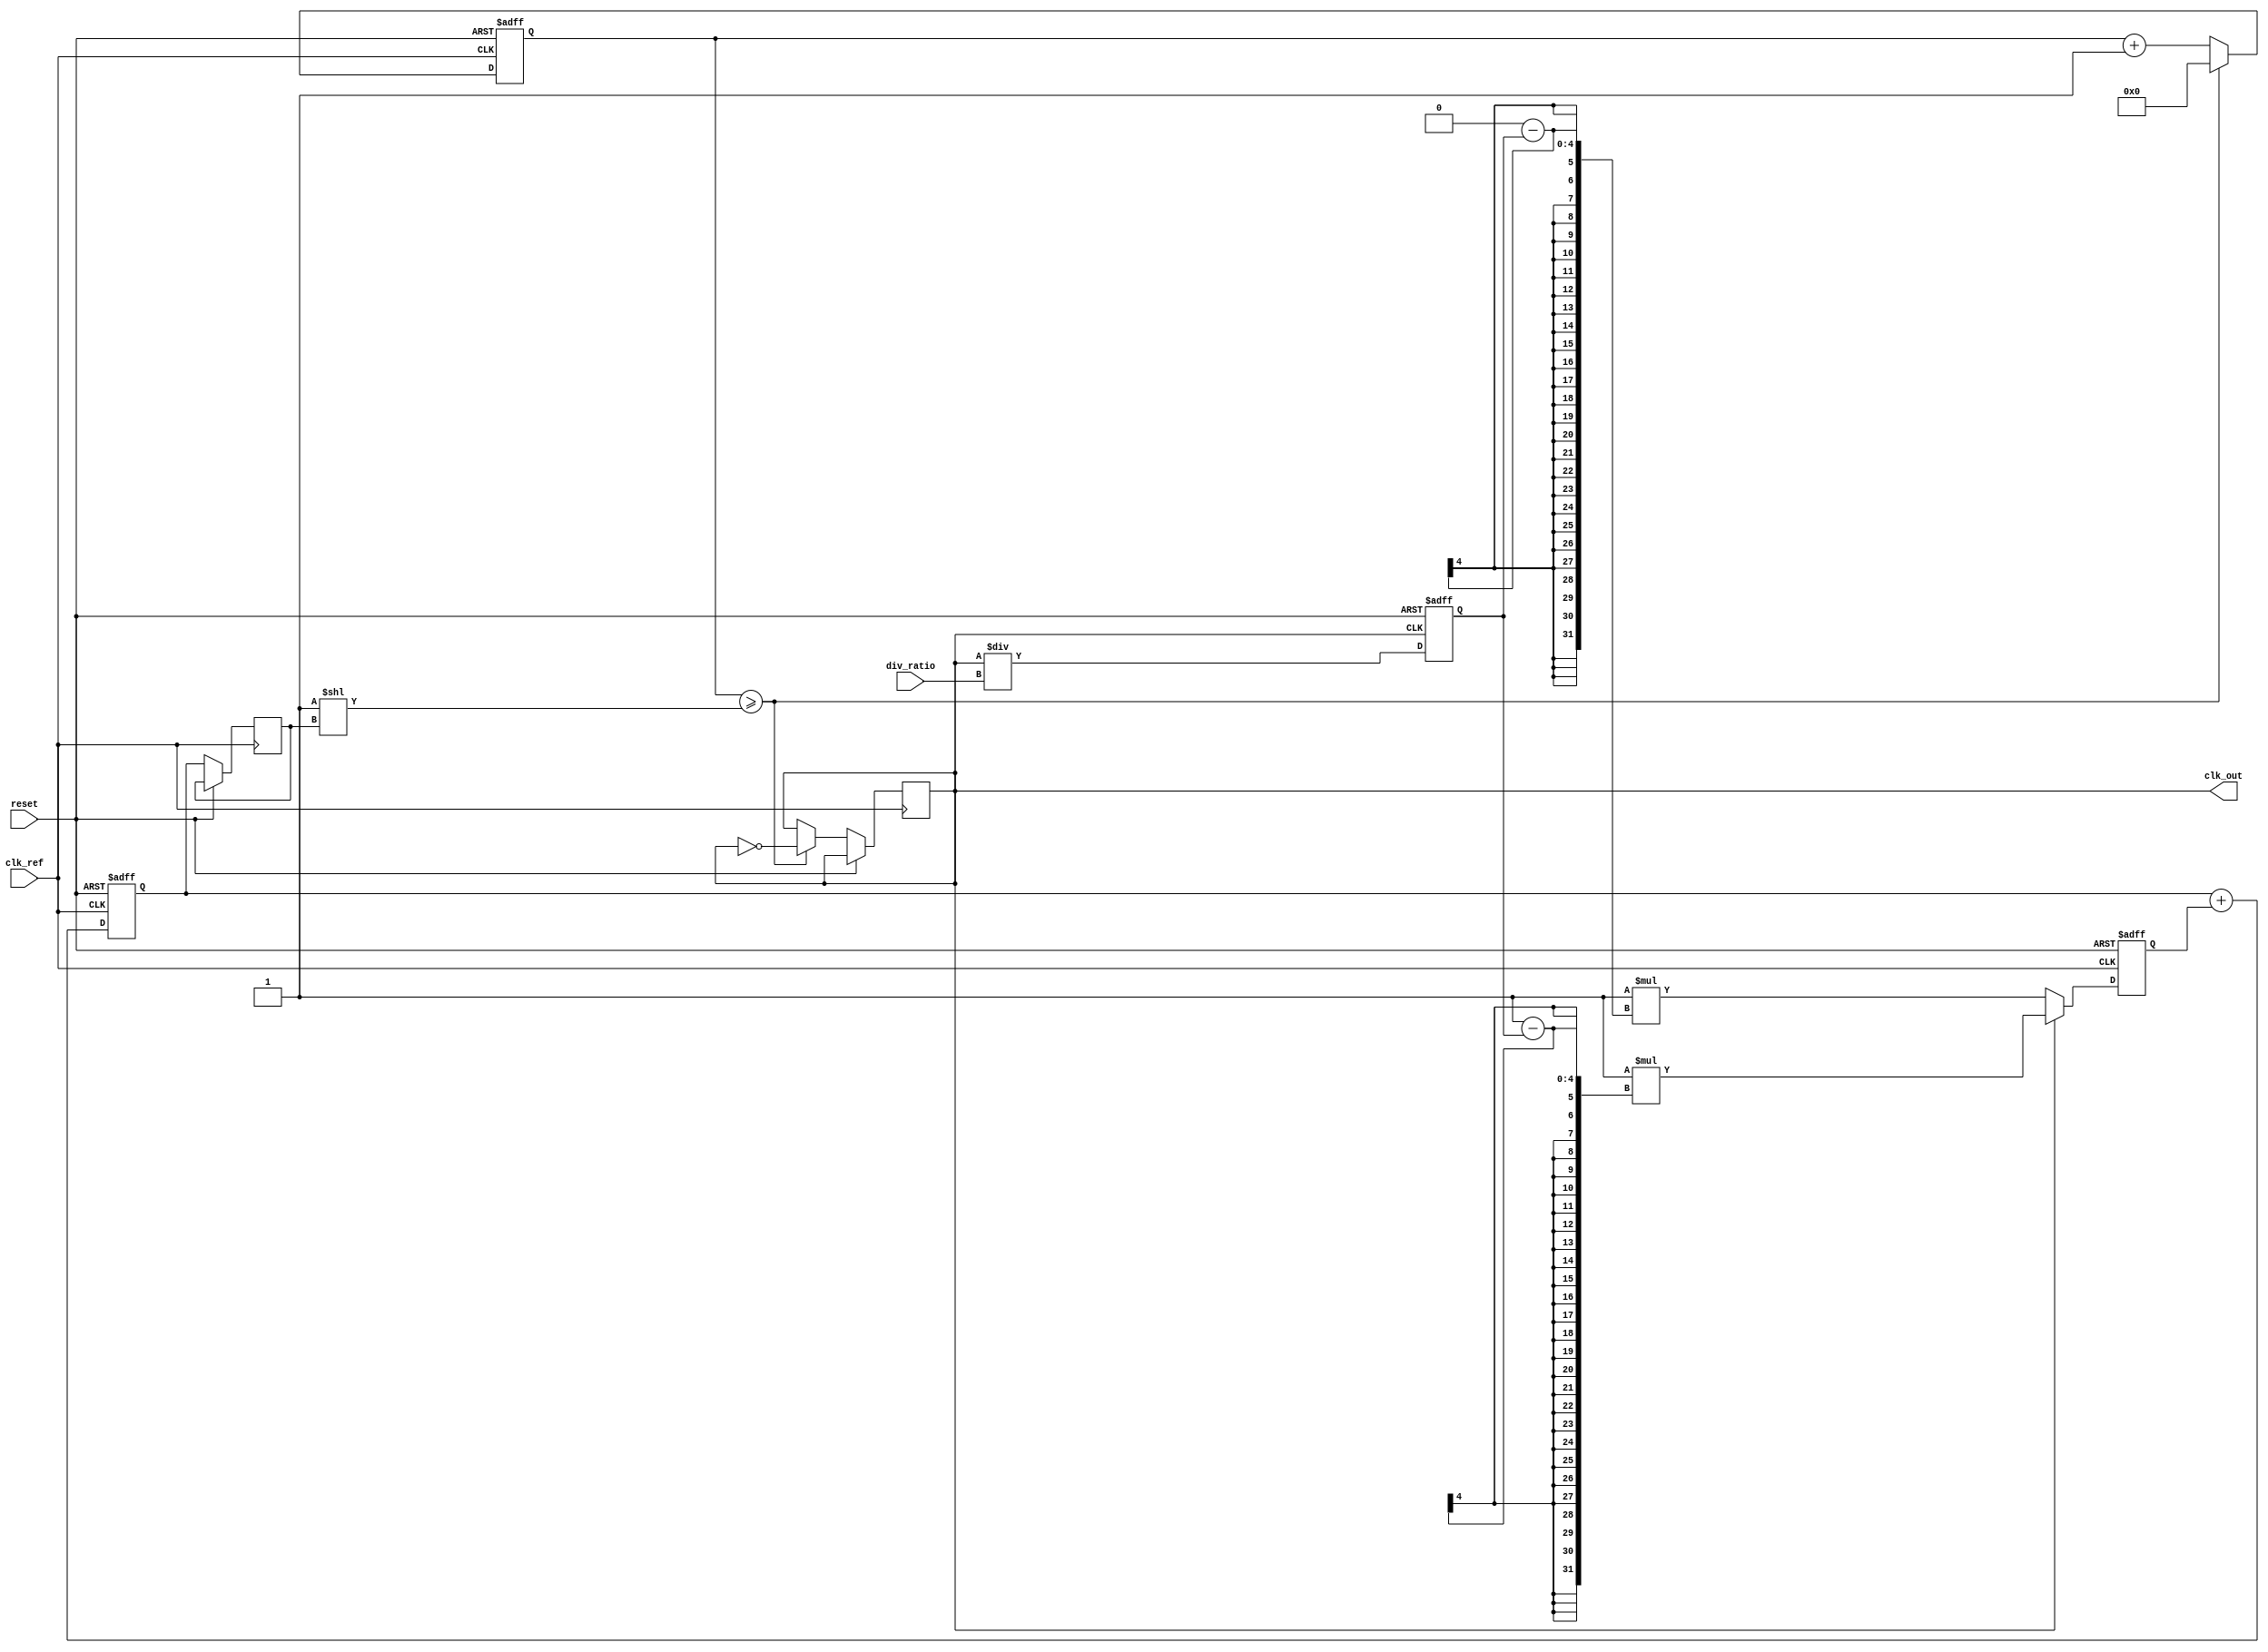
module type2_pll (
    input wire clk_ref,          // Reference clock input
    input wire reset,            // Asynchronous reset
    input wire [3:0] div_ratio,  // Programmable division ratio for feedback
    output reg clk_out           // Output clock
);

    // Parameters for the PLL
    parameter N = 4;             // Number of bits for the control voltage
    parameter Kp = 1;            // Proportional gain for the phase detector
    parameter Ki = 1;            // Integral gain for the loop filter

    // Internal signals
    reg [N-1:0] control_voltage; // Control voltage for VCO
    reg [N-1:0] error_signal;     // Error signal from phase detector
    reg [N-1:0] loop_filter;      // Output of the loop filter
    reg [N-1:0] vco_output;       // Output of the VCO
    reg [N-1:0] feedback;         // Feedback signal from the output clock
    reg [N-1:0] counter;          // Counter for VCO frequency generation

    // Phase Detector (PD)
    always @(posedge clk_ref or posedge reset) begin
        if (reset) begin
            error_signal <= 0;
        end else begin
            // Compare reference clock with feedback clock
            if (clk_out) begin
                error_signal <= Kp * (1 - feedback); // Simple PD output
            end else begin
                error_signal <= Kp * (0 - feedback); // Simple PD output
            end
        end
    end

    // Loop Filter (LF)
    always @(posedge clk_ref or posedge reset) begin
        if (reset) begin
            loop_filter <= 0;
        end else begin
            loop_filter <= loop_filter + error_signal; // Simple integrator
        end
    end

    // Voltage-Controlled Oscillator (VCO)
    always @(posedge clk_ref or posedge reset) begin
        if (reset) begin
            vco_output <= 0;
            counter <= 0;
        end else begin
            // Update control voltage and generate output clock
            control_voltage <= loop_filter;
            counter <= counter + 1;

            // Generate output clock based on control voltage
            if (counter >= (1 << control_voltage)) begin
                clk_out <= ~clk_out; // Toggle output clock
                counter <= 0;
            end
        end
    end

    // Feedback Divider
    always @(posedge clk_out or posedge reset) begin
        if (reset) begin
            feedback <= 0;
        end else begin
            feedback <= clk_out / div_ratio; // Divide output clock
        end
    end

endmodule